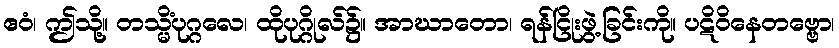
ဧဝံ၊ ဤသို့။ တသ္မိံပုဂ္ဂလေ၊ ထိုပုဂ္ဂိုလ်၌။ အာဃာတော၊ ရန်ငြိုးဖွဲ့ခြင်းကို။ ပဋိဝိနေတဗ္ဗော၊